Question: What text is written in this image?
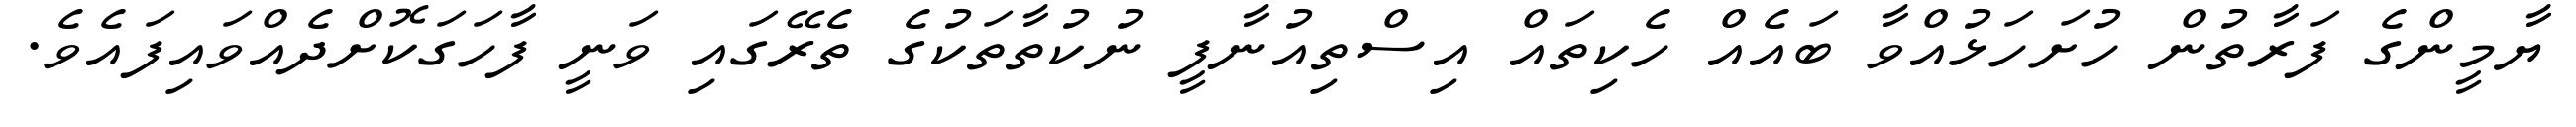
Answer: ޔާމީންގެ ފަރާތުން ހުށަހަޅުއްވާ ބައެއް ހެކިތައް އިސްތިއުނާފީ ނުކުތާތަކުގެ ތެރޭގައި ވަނީ ފާހަގަކޮށްދެއްވައިފައެވެ.